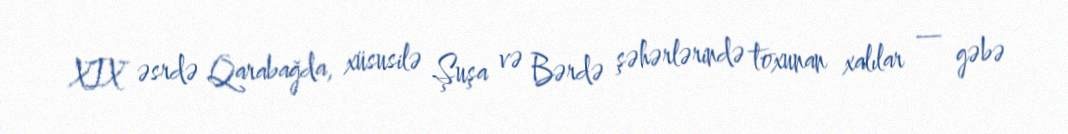
XIX əsrdə Qarabağda, xüsusilə Şuşa və Bərdə şəhərlərində toxunan xalılar — gəbə